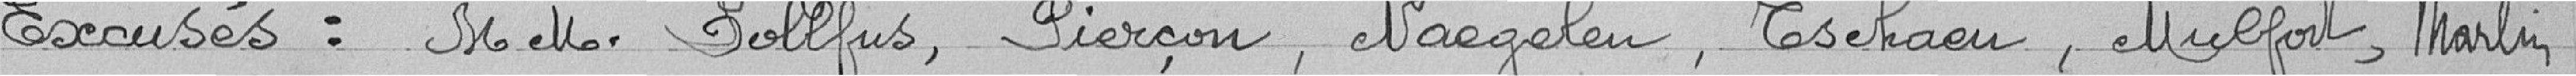
Excusés : messieurs Dollfus, Pierçon, Naegelen, Tschaen, Mulfort, Marlin.